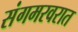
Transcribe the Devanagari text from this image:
संगमरवरात